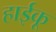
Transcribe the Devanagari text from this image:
हाईकू